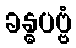
ခန္ဓပဗ္ဗံ